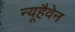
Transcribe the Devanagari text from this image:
न्यूहैवेन